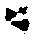
ニ